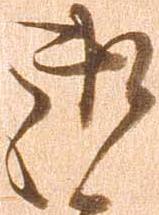
御